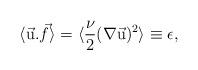
LaTeX: \begin{align*}\langle \vec {\rm u} .\vec f \rangle = \langle {\nu \over 2}(\nabla \vec {\rm u})^2 \rangle \equiv \epsilon ,\end{align*}